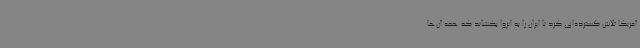
آمریکا تلاش گسترده‌ای کرد تا ایران را به انزوا بکشاند که همه آن‌ها